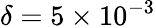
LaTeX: \delta=5\times 10^{-3}